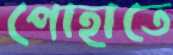
পোহাতে